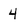
Character: 4